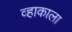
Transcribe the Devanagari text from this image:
व्हाकाला